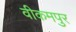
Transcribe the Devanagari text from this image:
वीकमपुर